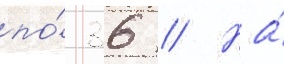
по́ 36 // На́